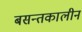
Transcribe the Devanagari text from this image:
बसन्तकालीन